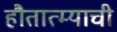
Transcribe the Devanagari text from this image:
हौतात्म्याची